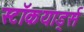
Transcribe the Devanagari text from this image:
स्टॉकयार्ड्स